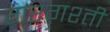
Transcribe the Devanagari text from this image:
ग़रग़श्ती